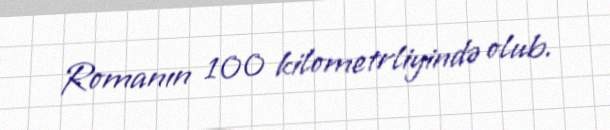
Romanın 100 kilometrliyində olub.